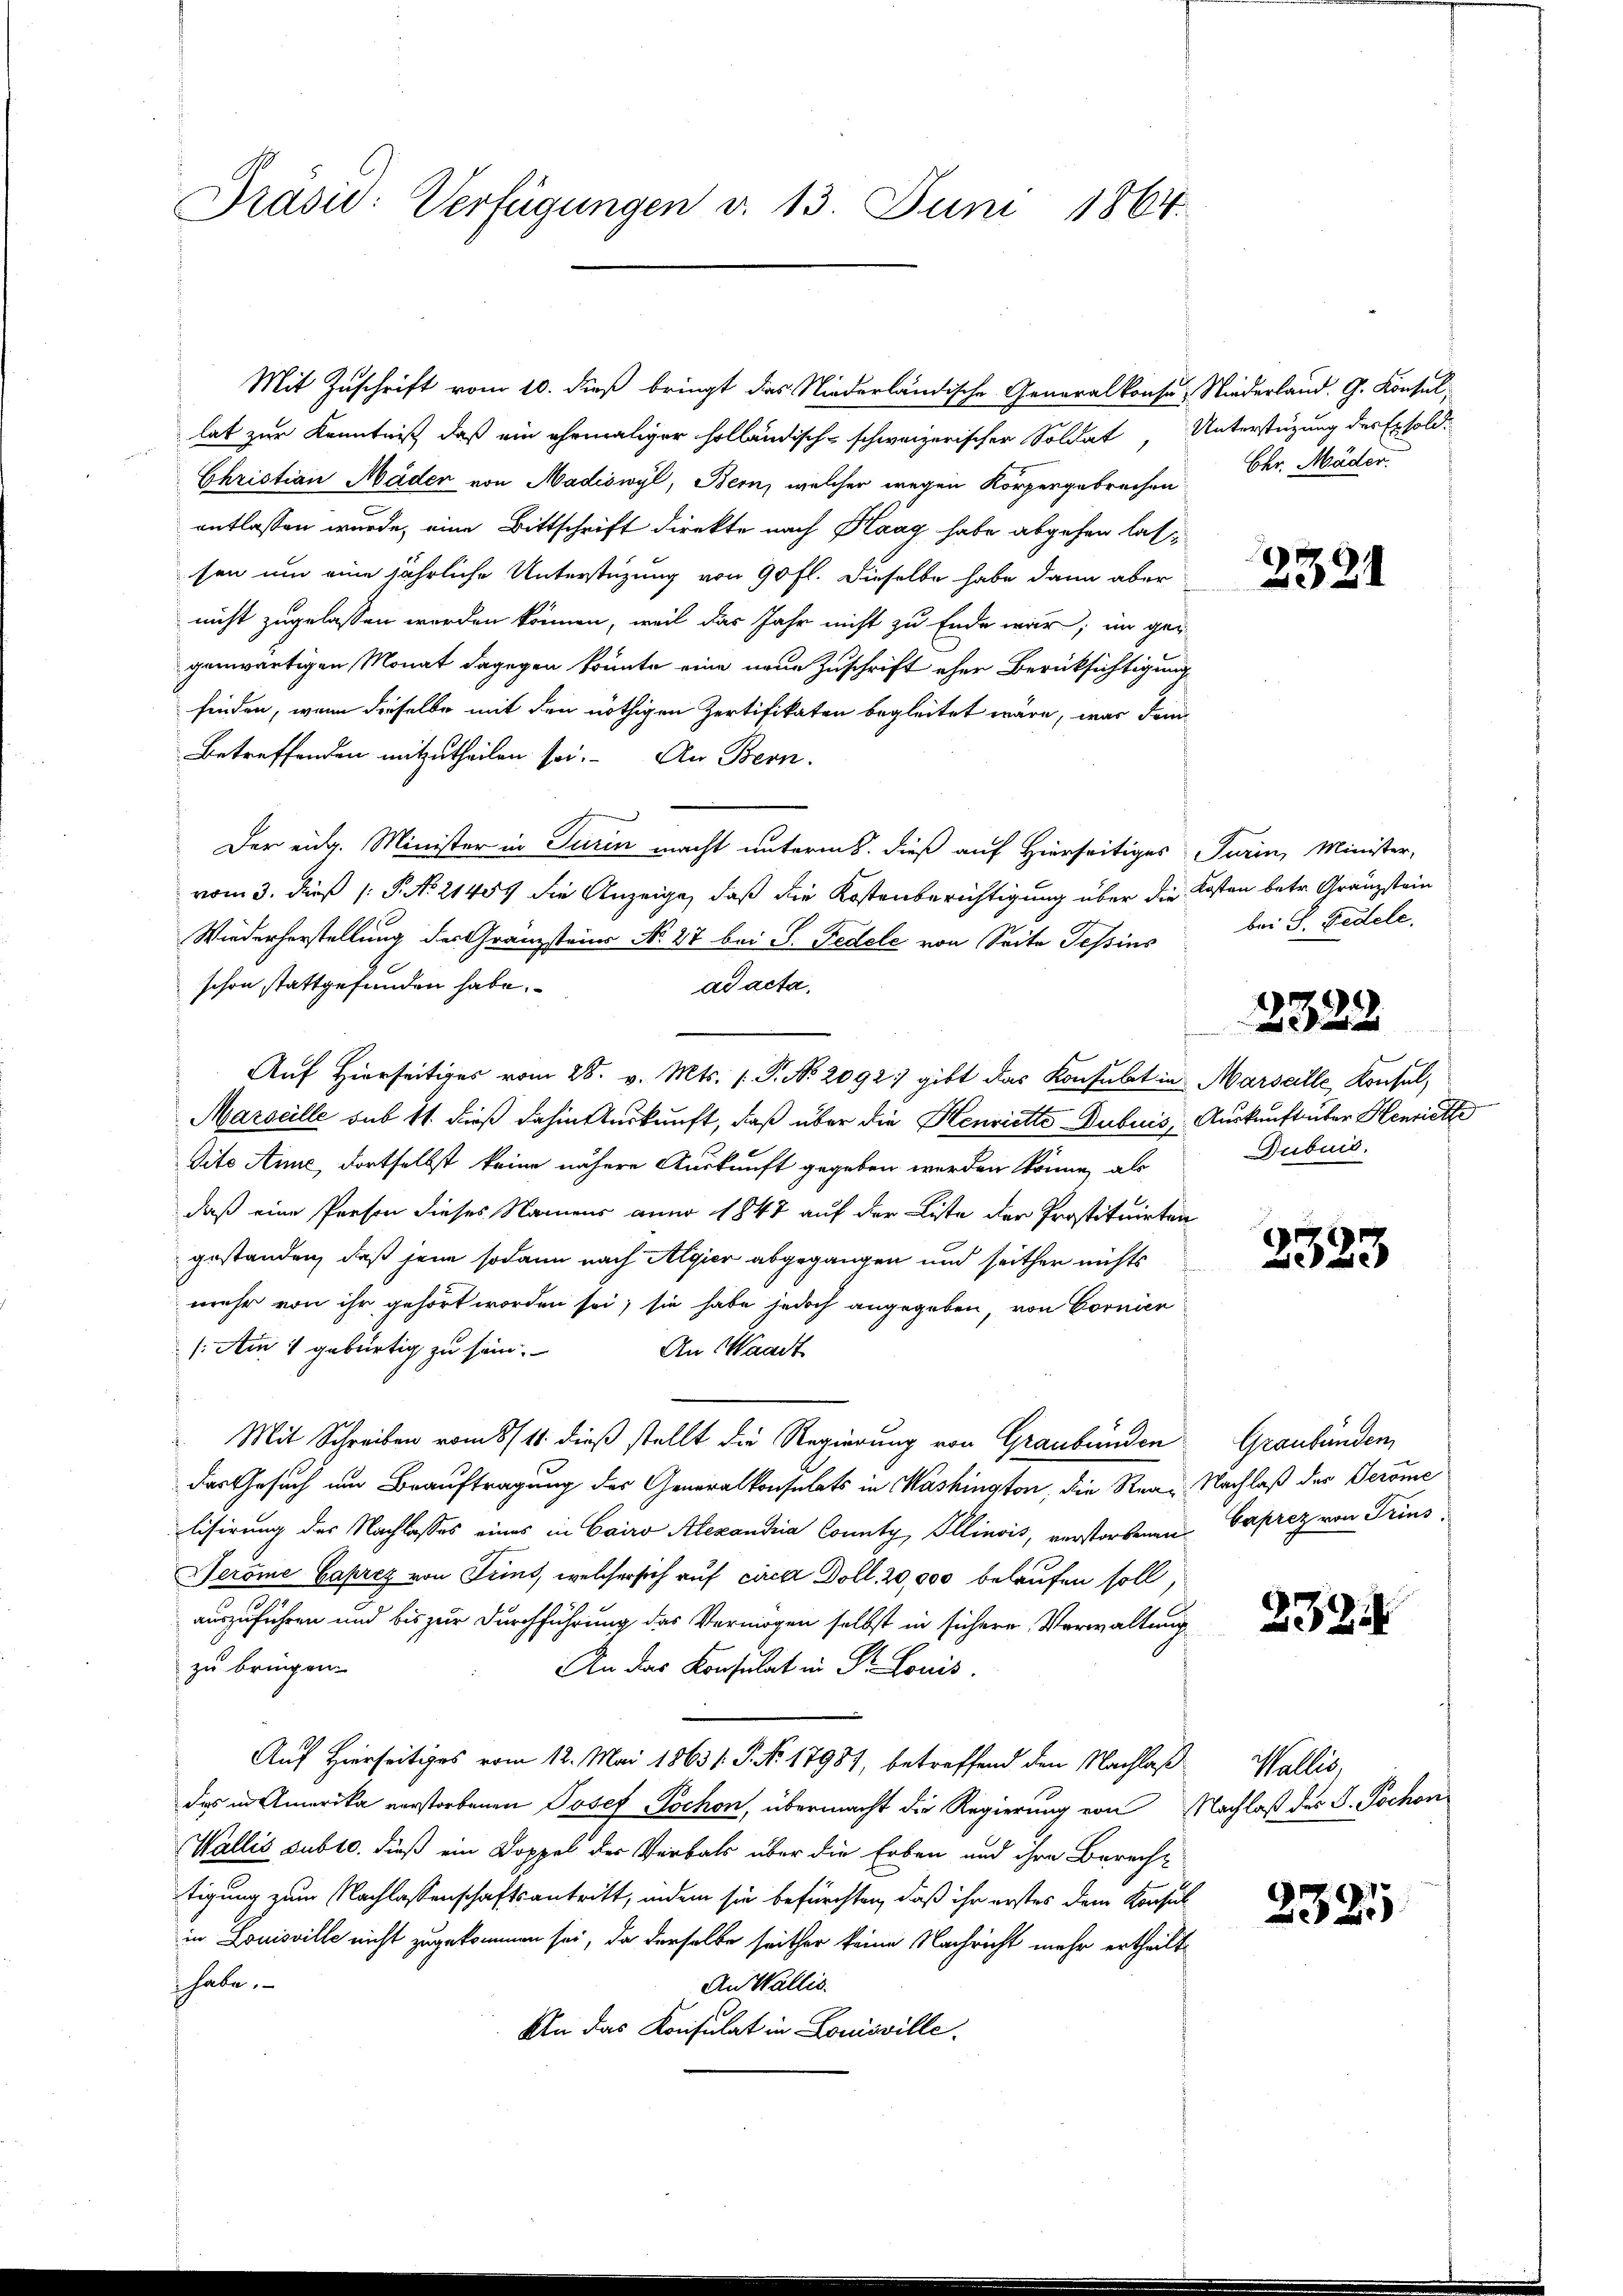
Präsid: Verfügungen v. 13. Juni 1864.

Mit Zuschrift vom 10. dieß bringt das Niederländische Generalkonse, Niederland. G. Konsul
lat zur Kenntniß, daß ein ehemaliger holländisch-schweizerischer Soldat, Unterstüzung des Exsold.
Christian Mäder von Aadiswyl, Bern, welcher wegen Körpergebrechen
entlassen wurde, eine Bittschrift direkte nach Klaag habe abgehen lassen um eine jährliche Unterstüzung von 90 fl. dieselbe habe dann aber
nicht zugelassen worden können, weil das Jahr nicht zu Ende war; im ge-
genwärtigen Monat dagegen könnte eine neue Zuschrift eher Berücksichtigung
finden, wenn dieselbe mit den nöthigen Zertifikaten begleitet wäre, was den
Betreffenden mitzutheilen sei. An Bern.
Der eidg. Minister in Turin macht unterm 8. dieß auf Hierseitiges Turin, Minister,
vom 3. dieß (: P. No. 21451 die Anzeige, daß die Kostenberichtigung über die Kosten betr. Gränzstein
Wiederherstellung der Granzstein No. 27 bei S. Pedele von Seite Tessins
schon stattgefunden habe.
ad acta,
Auf Hierseitiges vom 28. v. Mts. (T. No. 2092) gibt das Konsulat in Marseille Konsul¬
Marseille sub 11. dieß dahin Auskunft, daß über die Henriette Dubuis, Auskunft über Henriette
dito Anne, dortselbst keine nähere Auskunft gegeben werden könne, als
daß eine Presen dieses Namens anno 1847 auf der Liste der Prostituirten
gestanden, daß jene sodann nach Algier abgegangen und seither nichts
mehr von ihr gehört worden sei; sie habe jedoch angegeben, von Cornier
(Am 1 gebürtig zu sein.
An Waadt
Mit Schreiben vom 8/11. dieß stellt die Regierung von Graubünden
das Gesuch um Beauftragung des Generalkonsulats in Washington, die Rea- Nachlaß des Jerome
lisirung des Nachlasses eines in Cairo Alexandria County, Illinois, verstorbenen
Peröme Caprez von Trins, welcher sich auf circa Doll. 20,000 belaufen soll,
auszuführen und bis zur Durchführung das Vermögen selbst in sichere Verwaltung
zu bringen.
An das Konsulat in Dr. Louis.
Auf Hierseitiges vom 12. Mai 18631. P. No 17987, betreffend den Nachlaß
das in Amerika verstorbenen Josef Pochon, übermacht die Regierung von Nachlaß des S. Tochon
Wallis subto. dieß ein Doppel der Verbals über die Erben und ihre Berech-
tigung zum Nachlassenschaftsantritt, indem sie befürchten, daß ihr erstes dem Konsul
in Louisville nicht zugekommen sei, da derselbe seither keine Nachricht mehr ertheilt
habe.
An Wallis.
An das Konsulat in Louisville

Chr. Mäder.

2321

bei S. Fidele,

2328

Dubuid.

2323

Graubünden,
Caprez von Trins.

2324

Wallis,

232.